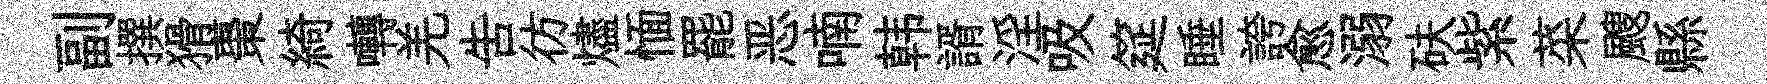
副撰猾棗綺囀羌吿彷燼愐罷恶喃韩諝淫吸筵睡誇愈溺砆紫菜颼縣